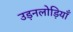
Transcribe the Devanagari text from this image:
उड़नलोड़ियाँ